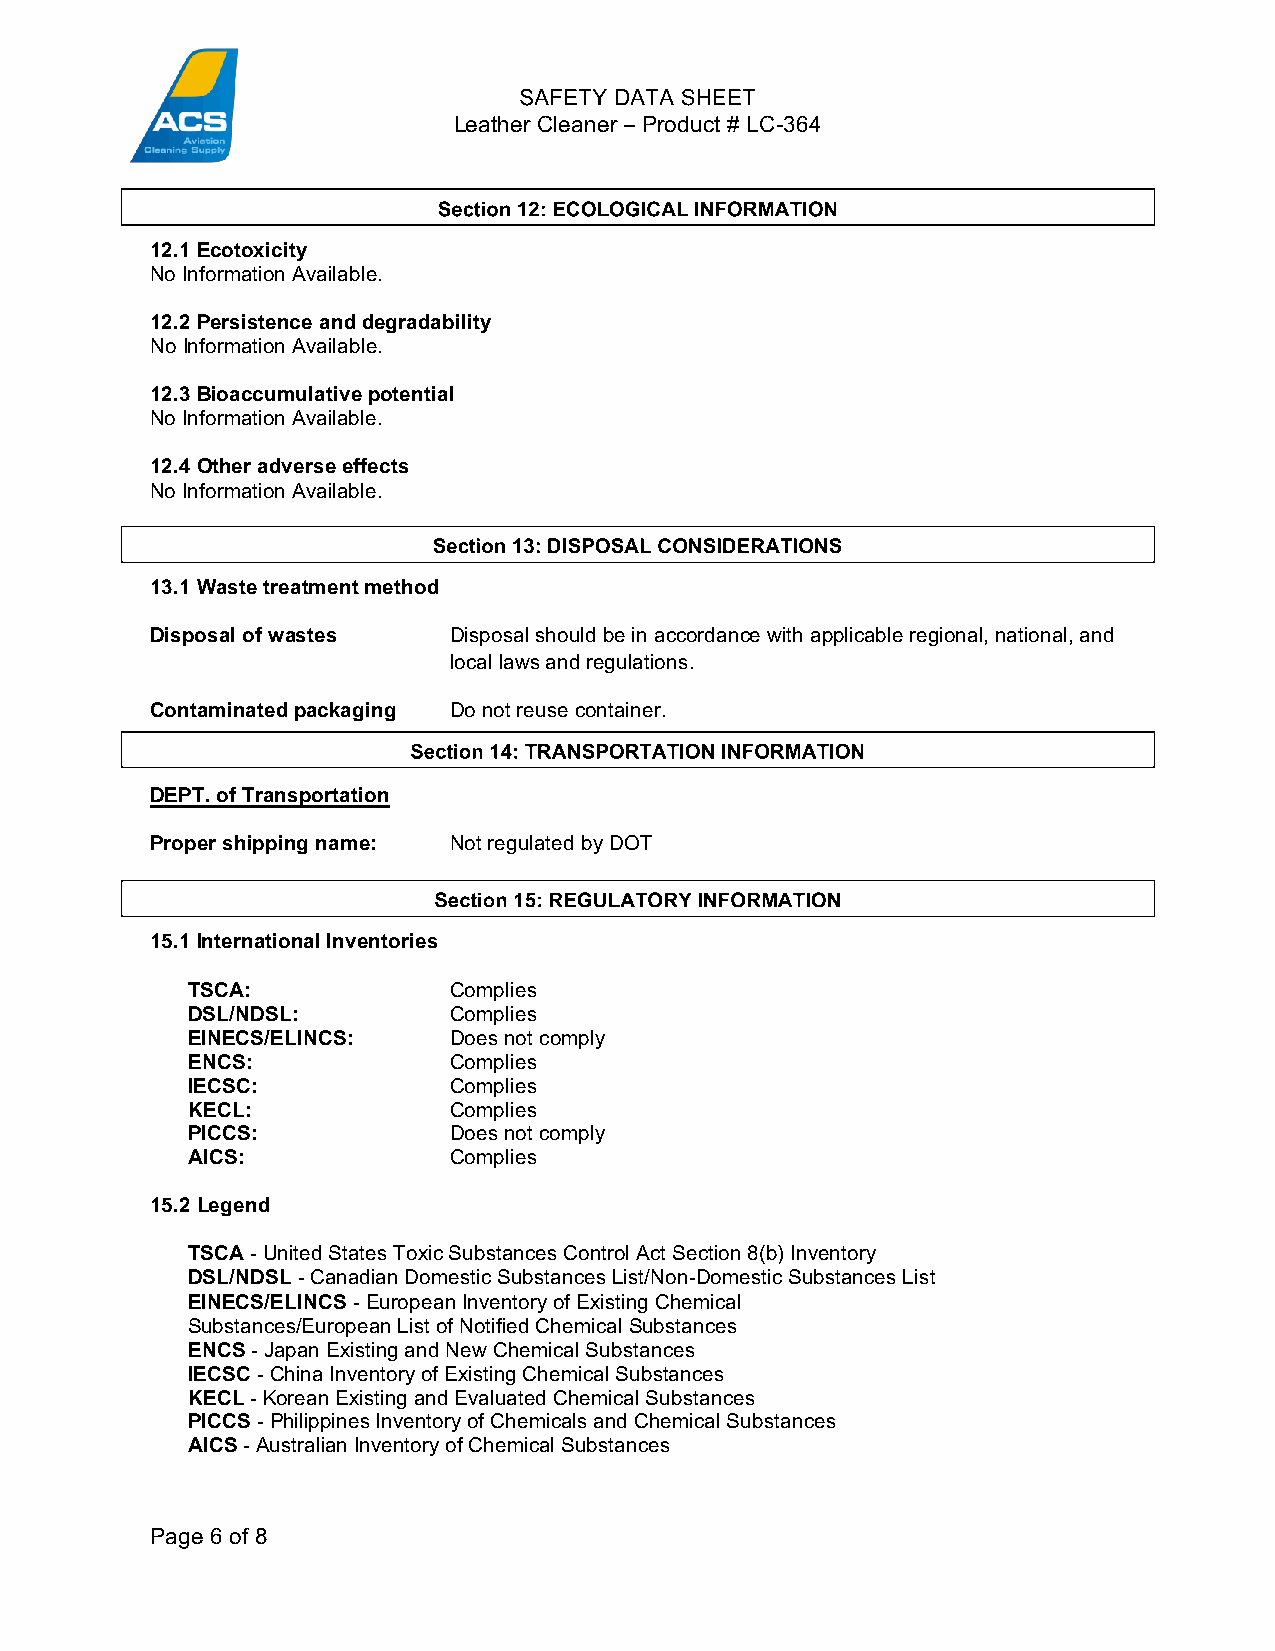
Leather Cleaner – Product # LC-­364
 12.1 Ecotoxicity
 No Information Available.
 12.2 Persistence and degradability
 No Information Available.
 12.3 Bioaccumulative potential
 No Information Available.
 12.4 Other adverse effects
 No Information Available.
 13.1 Waste treatment method
 Disposal of wastes  Disposal should be in accordance with applicable regional, national, and
 local laws and regulations.
 Contaminated packaging Do not reuse container.
 DEPT. of Transportation
 Proper shipping name: Not regulated by DOT
 15.1 International Inventories
 TSCA:             Complies
 DSL/NDSL:         Complies
 EINECS/ELINCS:    Does not comply
 ENCS:             Complies
 IECSC:            Complies
 KECL:             Complies
 PICCS:            Does not comply
 AICS:             Complies
 15.2 Legend
 TSCA -­ United States Toxic Substances Control Act Section 8(b) Inventory
 DSL/NDSL -­ Canadian Domestic Substances List/Non-­Domestic Substances List
 EINECS/ELINCS -­ European Inventory of Existing Chemical
 Substances/European List of Notified Chemical Substances
 ENCS -­ Japan Existing and New Chemical Substances
 IECSC -­ China Inventory of Existing Chemical Substances
 KECL -­ Korean Existing and Evaluated Chemical Substances
 PICCS -­ Philippines Inventory of Chemicals and Chemical Substances
 AICS -­ Australian Inventory of Chemical Substances
 Page 6 of 8